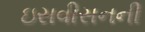
ઇસવીસનની